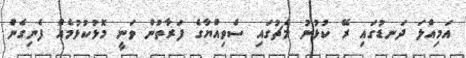
އަމިއްލަ ދަނޑުގައި ރޭ ކުޅުނު މެޗުގައި ސެވިއްޔާގެ ފަރާތުން ވަނީ މޮޅުކުޅުމެއް ފެނިގެން